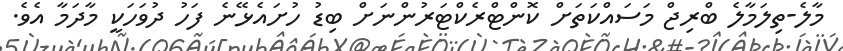
މާލެ-ތިލަމާލެ ބްރިޖް މަސައްކަތަށް ކޮންޓްރެކްޓަރުންނަށް ބިޑު ހުށައެޅޭނެ ފަހު ދުވަހަކީ މާދަމާ އެވެ.